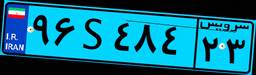
۹۶S۴۸۴۲۳